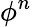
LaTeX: \phi^{n}